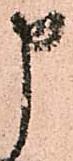
申